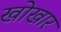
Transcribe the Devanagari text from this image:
खोखार